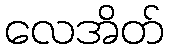
လေအိတ်